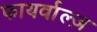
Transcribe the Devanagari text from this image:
फायर्वाल्ज़